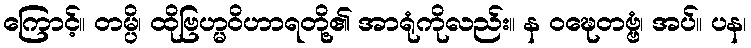
ကြောင့်။ တမ္ပိ၊ ထိုဗြဟ္မဝိဟာရတို့၏ အာရုံကိုလည်း။ န ဝဍ္ဎေတဗ္ဗံ၊ အပ်။ ပန၊